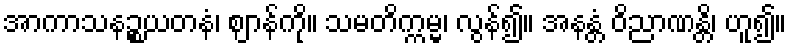
အာကာသနဉ္စယတနံ၊ ဈာန်ကို။ သမတိက္ကမ္မ၊ လွန်၍။ အနန္တံ ဝိညာဏန္တိ၊ ဟူ၍။